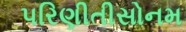
પરિણીતીસોનમ